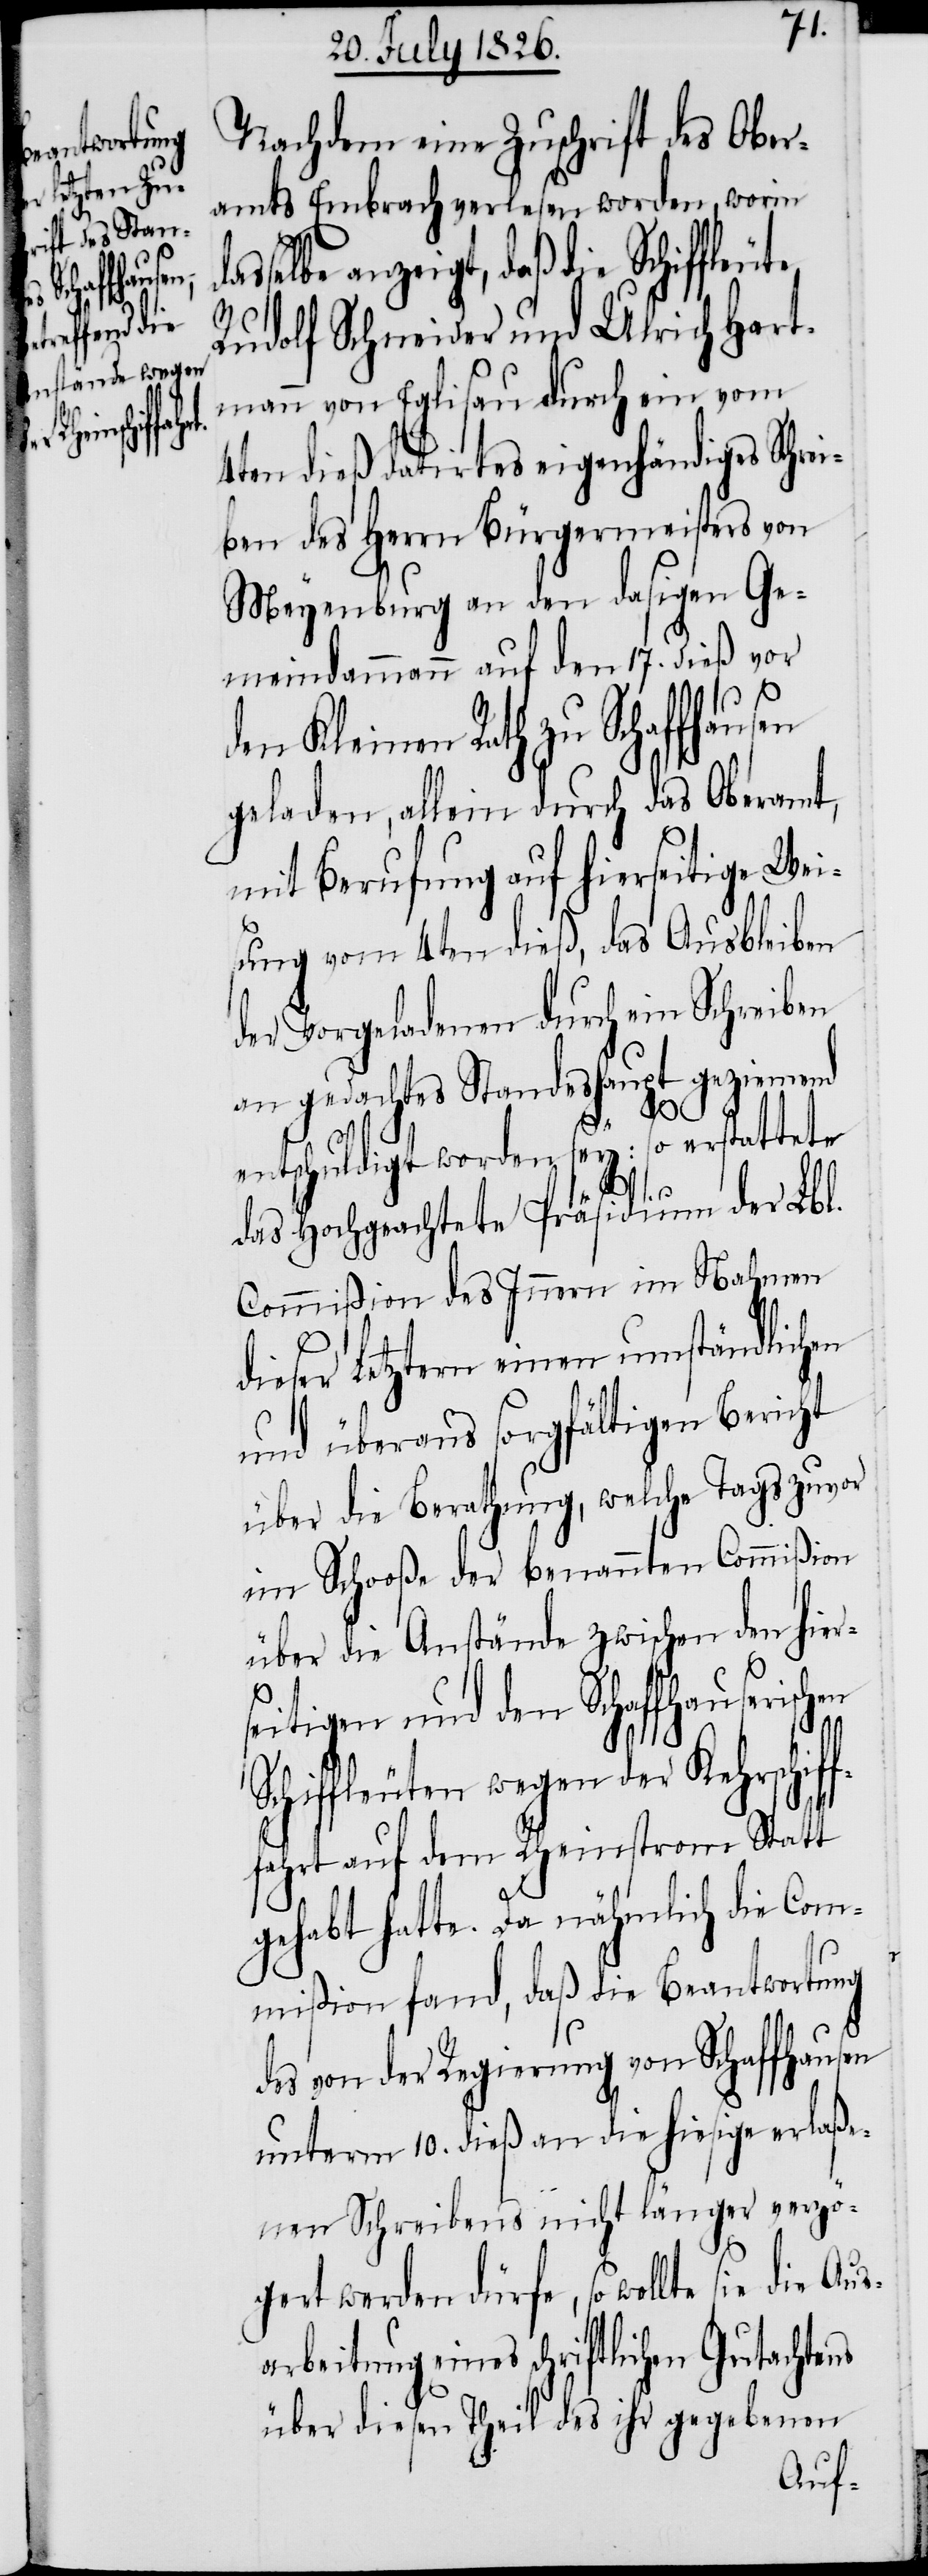
schen

tete
Nachdem eine Zuschrift des Ober¬
amts Embrach verlesen worden, worin
anzeigt, daß die Schiffleute
Rudolf Schneider und Ulrich Hart¬
mann von Eglisau durch ein vom
4ten dieß eigenhändiges Schrei¬
ben des Herrn Bürgermeisters von
Meyenburg an den dasigen Ge¬
meindammann auf den 17. dieß vor
den Kleinen Rath zu Schaf¬
geladen, allein durch das Oberamt,
mit Berufung auf hierseitige Wei¬
sung vom 4ten dieß, das Ausbleiben
der Vorgeladenen durch ein Schreiben
an gedachtes Standeshaupt geziemend
ntschuldigt worden sey. So erstat¬
das Hochgeachtete Präsidium der Lbl.
Commißion des Innern im Nahmen
dieser Letztern einen umständlichen
und überaus sorgfältigen Bericht
über die Berathung, welche Tags zuvor
im Schooße der benannten Commißion
über die Anstände zwischen den hier¬
seitigen und den Schaffhauseri¬
Schiffleuten wegen der Kehrschif¬
fahrt auf dem Rheinstrom Statt
gehabt hatte. Da nähmlich die Com¬
mißion fand, daß die Beantwortung
des von der Regierung von Schaffhausen
unterm 10. dieß an die hiesige erlaße¬
nen Schreibens nicht länger verzö¬
gert werden dürfe, so wollte sie die
arbeitung eines schriftlichen Gutachtens
über diesen Theil des ihr gegebenen
Aus¬

f¬